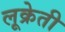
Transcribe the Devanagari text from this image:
लूक्रेती